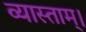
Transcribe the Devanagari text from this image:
व्यास्ताम्।